system: You are a helpful assistant.
user:
Analyze the provided spectrum to determine if it is a **M-type Giant (gM)**.

A M-type Giant spectrum is defined by its **strong molecular absorption** features, particularly from **Titanium Oxide (TiO)**. You must check for one of the following mutually exclusive signatures:

- **Key Visual Indicators (Absorption-Dominated Spectrum):**

    - **(Primary):** The spectrum is dominated by strong molecular absorption from **Titanium Oxide (TiO)**. This is the **defining feature** of its M-type temperature class.
        - **(Key Bandheads):** Look for sharp, "saw-tooth" absorption valleys. The strongest are located near **~7050 Å**, **~6160 Å**, and **~5170 Å**.
        - **(Line Profile):** The "saw-tooth" morphology is critical: a **sharp, steep drop on the BLUE (short-wavelength) side** of the bandhead, followed by a gradual recovery (rising flux) towards the RED (long-wavelength) side.

    - **(Key Confirmation - Giant vs. Dwarf):** **ABSENCE** of strong **Calcium Hydride (CaH)** molecular bands. This is the primary diagnostic for *excluding* M-dwarfs.
        - **(Key Region):** The spectrum should lack the strong, broad absorption band seen in dwarfs between **~6800 Å and ~7000 Å**.

    - **(Secondary Confirmation - Giant):** A very strong and broad **Neutral Calcium (Ca I)** atomic absorption line.
        - **(Key Line):** Located at **~4226 Å**. In a giant (gM), this line is significantly deeper and broader than the same line in an M-dwarf (dM) due to low surface gravity.

    - **(Overall Spectrum):**
        - The continuum is **extremely red-sloping** (i.e., flux is very low in the blue and rises dramatically towards the red).
        - The entire spectrum appears "chopped up" by the deep TiO bands.

Think first, call **spectral_visualization_tool** if needed to examine features in detail, then provide your final answer. Your response must adhere to the following strict rules:
1.  **Overall Structure:** Your response must follow the format `<think>...</think> <tool_call>...</tool_call> (if a tool is used) <answer>...</answer>`.
2.  **Tool Usage Constraint:** You may only make **one** tool call per turn.
3.  **Final Answer Format:** In the `<answer>` tag, your conclusion must be inside a `\boxed{}` command (e.g., `\boxed{YES}` or `\boxed{NO}`), followed by your justification.

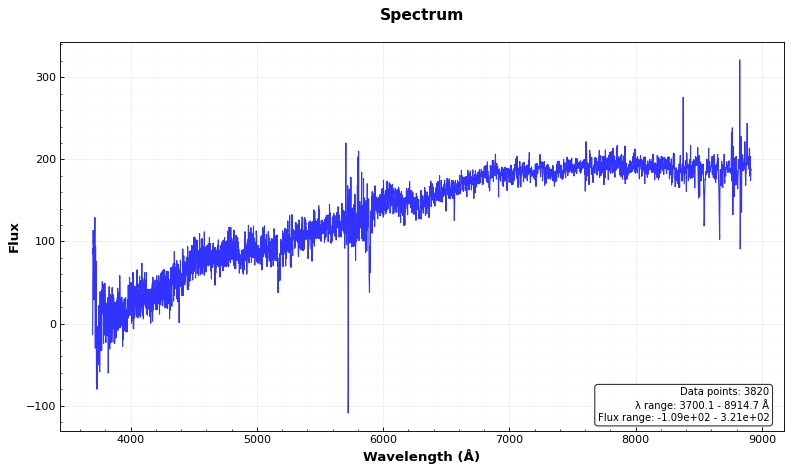
Answer: NO